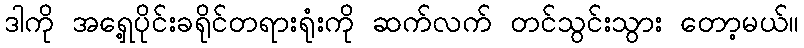
ဒါကို အရှေ့ပိုင်းခရိုင်တရားရုံးကို ဆက်လက် တင်သွင်းသွား တော့မယ်။